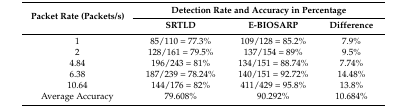
| <ROWSPAN=2> Packet Rate (Packets/s) | <COLSPAN=3> Detection Rate and Accuracy in Percentage |
 | SRTLD | E-BIOSARP | Difference |
 | --- | --- | --- | --- |
 | 1 | 85/110 = 77.3% | 109/128 = 85.2% | 7.9% |
 | 2 | 128/161 = 79.5% | 137/154 = 89% | 9.5% |
 | 4.84 | 196/243 = 81% | 134/151 = 88.74% | 7.74% |
 | 6.38 | 187/239 = 78.24% | 140/151 = 92.72% | 14.48% |
 | 10.64 | 144/176 = 82% | 411/429 = 95.8% | 13.8% |
 | Average Accuracy | 79.608% | 90.292% | 10.684% |